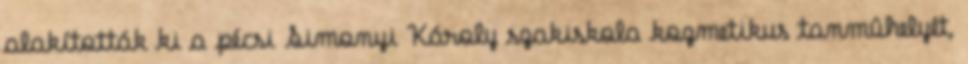
alakították ki a pécsi Simonyi Károly szakiskola kozmetikus tanmûhelyét,